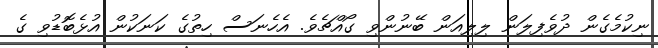
ނިކުމެގެން ދުވެފިލަން ލިލިއަން ބޭނުންވި ގޯއްޗެވެ. އެހެނަސް ހިތުގެ ކަނަކުން އުޅެބޮޑުވި ގެ